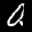
Label: 0